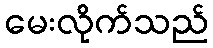
မေးလိုက်သည်